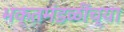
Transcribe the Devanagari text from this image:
भक्तमंडळींच्या